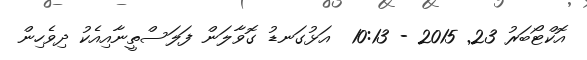
އޮކްޓޯބަރު 23